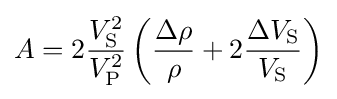
A=2{\frac {V_{\mathrm {S} }^{2}}{V_{\mathrm {P} }^{2}}}\left({\frac {\Delta \rho }{\rho }}+2{\frac {\Delta V_{\mathrm {S} }}{V_{\mathrm {S} }}}\right)